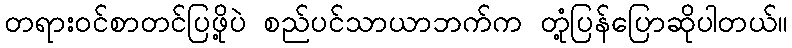
တရားဝင်စာတင်ပြဖို့ပဲ စည်ပင်သာယာဘက်က တုံ့ပြန်ပြောဆိုပါတယ်။